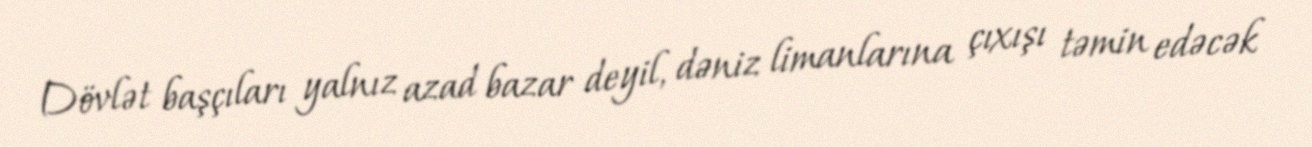
Dövlət başçıları yalnız azad bazar deyil, dəniz limanlarına çıxışı təmin edəcək